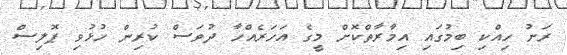
ރަށު ހިއްކި ބިމުގައި އިމާރާތްކޮށް މީގެ އަހަރެއްހާ ދުވަސް ކުރިން ހުޅުވި ޕޮލިސް